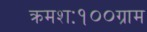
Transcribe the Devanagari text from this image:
क्रमशः१००ग्राम